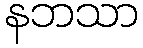
နဘသာ